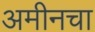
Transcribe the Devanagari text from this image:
अमीनचा